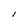
Character: I